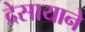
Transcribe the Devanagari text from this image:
देसायाने